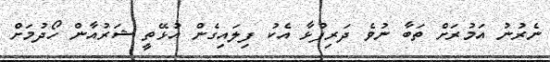
ނެރުނު އަމުރަށް ތަބާ ނުވެ ދަރިފުޅާ އެކު ފިލައިގެން އުޅޭތީ ޝަރުއާން ހޯދުމަށް